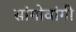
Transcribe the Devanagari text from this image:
सांगोवांगी